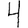
Digit: 4